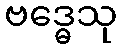
ဗဒ္ဓေသု